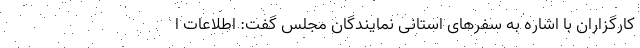
کارگزاران با اشاره به سفرهای استانی نمایندگان مجلس گفت: اطلاعات ا